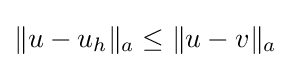
\|u-u_{h}\|_{a}\leq \|u-v\|_{a}